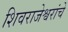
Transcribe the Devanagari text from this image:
शिवराजेश्वरांचे